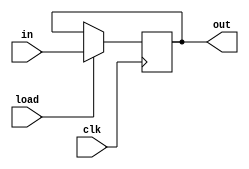
module instrucreg(clk, in, load, out);
	input [15:0] in;
	input load, clk;
	output [15:0] out;

	reg [15:0] out;
	reg [15:0] mux_out;

	always @* begin 	//checking whether we should update current data with input
		if (load == 1'b0)
			mux_out = out;
		else
			mux_out = in;
	end

	always @(posedge clk) begin 	//outputting the data when clk rises
		out = mux_out;
	end
endmodule